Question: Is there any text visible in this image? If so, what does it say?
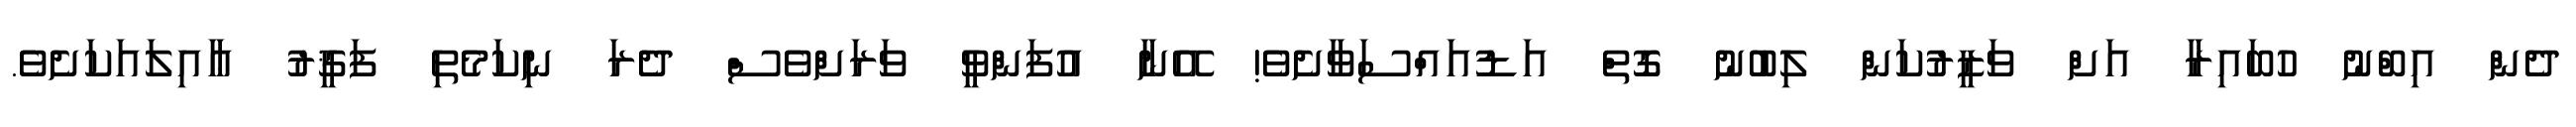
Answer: ދެން އިބްނު ހުބައިރާ އަށް ވަޒީރުކަން ލިބުނު ގޮތް އަޑުއައްސަވާށެވެ! އޭނާ އުފަންވީ ވަރަށްވެސް ދެރަ ނިކަމެތި ފަޤީރު ޢާއިލައަކަށެވެ.